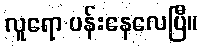
လူရော ပန်းနေလေပြီ။